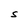
Character: S